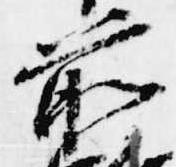
前